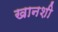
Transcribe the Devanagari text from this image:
खानशी